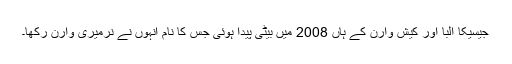
جیسیکا البا اور کیش وارن کے ہاں 2008 میں بیٹی پیدا ہوئی جس کا نام انہوں نے نرمیری وارن رکھا۔